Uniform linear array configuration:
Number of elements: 4
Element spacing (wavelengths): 0.5
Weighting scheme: cosine
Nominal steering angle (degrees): -30
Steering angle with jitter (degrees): -29.443
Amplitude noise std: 0.05
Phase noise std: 0.05

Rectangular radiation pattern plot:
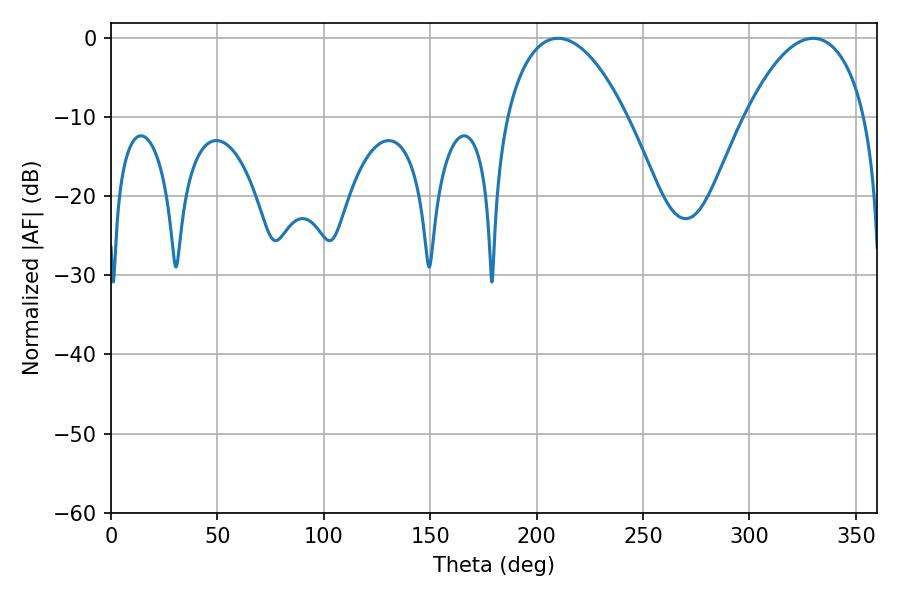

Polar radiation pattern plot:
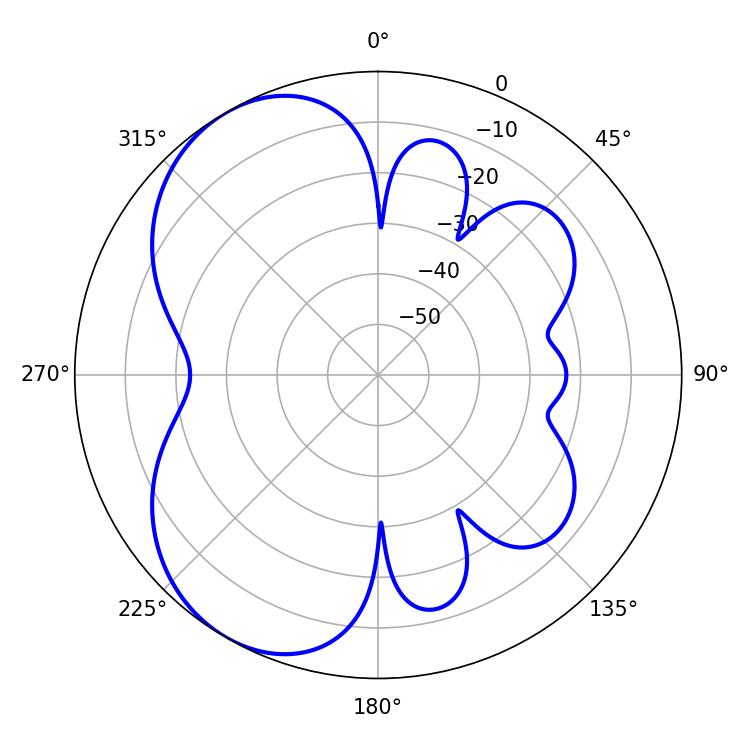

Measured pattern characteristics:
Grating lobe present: FALSE
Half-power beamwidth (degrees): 31.86
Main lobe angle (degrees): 210.06